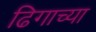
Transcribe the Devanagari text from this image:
ढिगाच्या